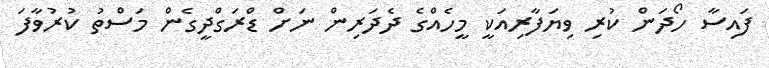
ފައިސާ ހޯދަން ކުރި ވިޔަފާރިއަކީ މީހެއްގެ ދެދަރިން ނަށް ޑްރަގްދީގެން މަސްތު ކުރުވާފަ